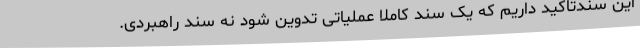
این سندتاکید داریم که یک سند کاملا عملیاتی تدوین شود نه سند راهبردی.